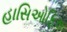
હાસિઓફિસ